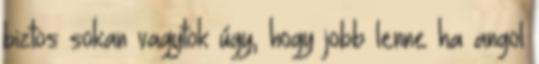
biztos sokan vagytok úgy, hogy jobb lenne ha angol